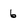
Character: 6